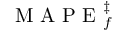
\mathrm { ~ M ~ A ~ P ~ E ~ } _ { f } ^ { \ddag }